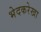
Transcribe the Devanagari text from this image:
भेदकरेखा